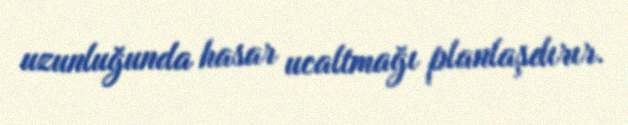
uzunluğunda hasar ucaltmağı planlaşdırır.